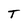
Character: T